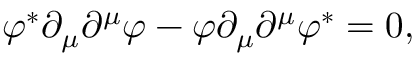
\varphi ^ { * } \partial _ { \mu } \partial ^ { \mu } \varphi - \varphi \partial _ { \mu } \partial ^ { \mu } \varphi ^ { * } = 0 ,